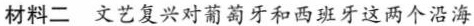
材料二 文艺复兴对葡萄牙和西班牙这两个沿海